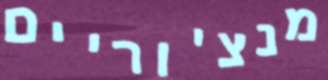
מנצ'וריים